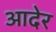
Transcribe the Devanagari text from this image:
आदेर